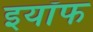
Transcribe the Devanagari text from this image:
इयॉफ